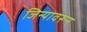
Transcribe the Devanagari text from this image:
जिन्यावरून